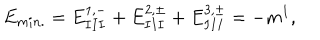
E _ { m i n . } = E _ { I I I } ^ { 1 , - } + E _ { I I I } ^ { 2 , \pm } + E _ { I I I } ^ { 3 , \pm } = - m ^ { 1 } ,